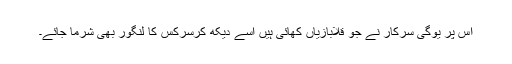
اس پر یوگی سرکار نے جو قلابازیاں کھائی ہیں اسے دیکھ کرسرکس کا لنگور بھی شرما جائے۔